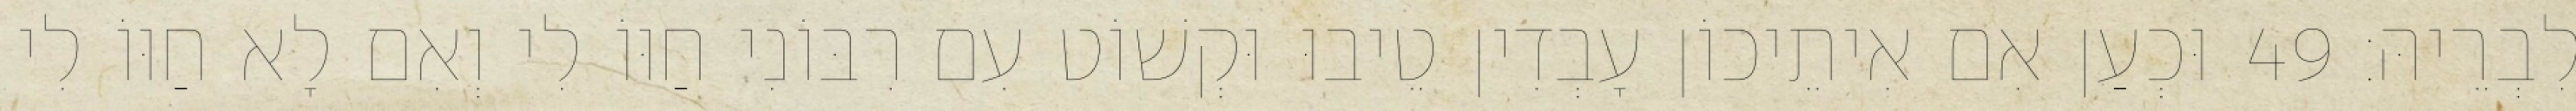
לִבְרֵיהּ׃ 49 וּכְעַן אִם אִיתֵיכוֹן עָבְדִין טֵיבוּ וּקְשׁוֹט עִם רִבּוֹנִי חַוּוֹ לִי וְאִם לָא חַוּוֹ לִי